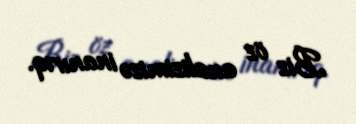
Biz öz analizimizə inanırıq.